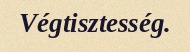
Végtisztesség.